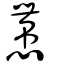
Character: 慸